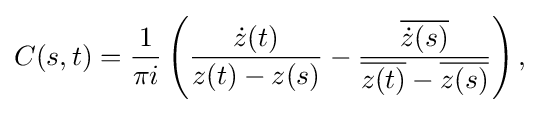
\displaystyle {C(s,t)={1 \over \pi i}\left({{\dot {z}}(t) \over z(t)-z(s)}-{{\overline {{\dot {z}}(s)}} \over {\overline {z(t)}}-{\overline {z(s)}}}\right),}